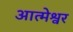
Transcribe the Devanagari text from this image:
आत्मेश्वर